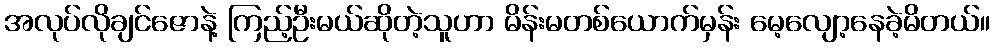
အလုပ်လိုချင်ဇောနဲ့ ကြည့်ဦးမယ်ဆိုတဲ့သူဟာ မိန်းမတစ်ယောက်မှန်း မေ့လျော့နေခဲ့မိတယ်။